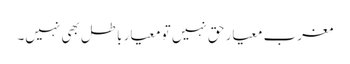
مغرب معیارِ حق نہیں تو معیارِ باطل بھی نہیں۔